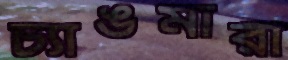
চ্যাঙমারী